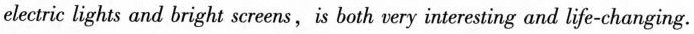
electric lights and bright screens,is both very interesting and life-changing.